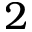
2